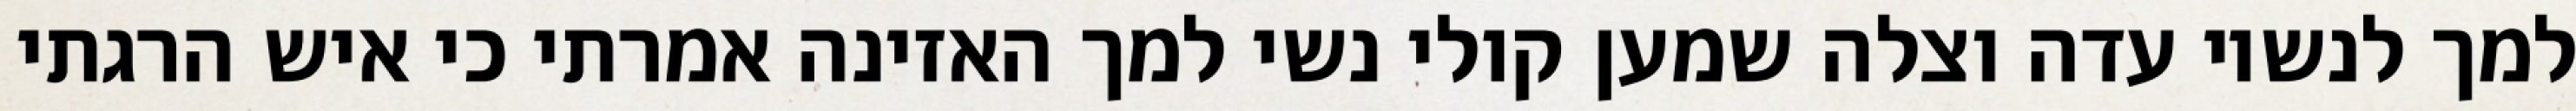
למך לנשיו עדה וצלה שמען קולי נשי למך האזינה אמרתי כי איש הרגתי